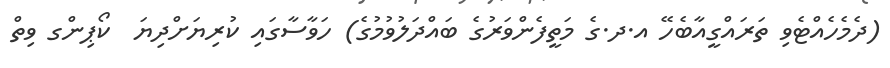
(ދެމެހެއްޓެވި ތަރައްގީއާބެހޭ އ.ދ.ގެ މަތީފެންވަރުގެ ބައްދަލުވުމުގެ) ހަވާސާގައި ކުރިޔަށްދިޔަ  ކޯޕިންގ ވިތް